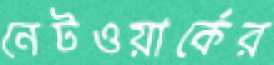
নেটওয়ার্কের